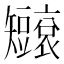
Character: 𥐐